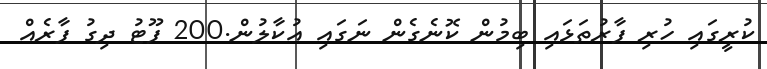
ކުރީގައި ހުރި ފާރުތަޅައި ބިމުން ކޮނެގެން ނަގައި އުކާލުން.200 ފޫޓު ދިގު ފާރެއް